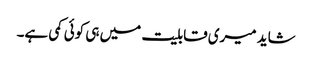
شاید میری قابلیت میں ہی کوئی کمی ہے۔